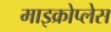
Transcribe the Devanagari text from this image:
माइक्रोप्लेस